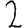
Digit: 2